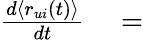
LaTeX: \begin{array}{rl}{\frac{d\langle r_{ui}(t)\rangle}{dt}}&{{}=}\end{array}